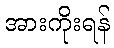
အားကိုးရန်